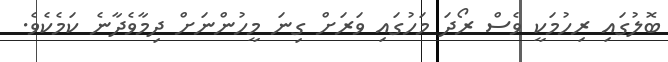
ބޮލުގައި ރިހުމަކީ ވެސް ރޯދަ މަހުގައި ވަރަށް ގިނަ މީހުންނަށް ދިމާވެދާނެ ކަމެކެވެ.